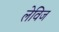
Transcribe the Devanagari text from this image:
लेविज